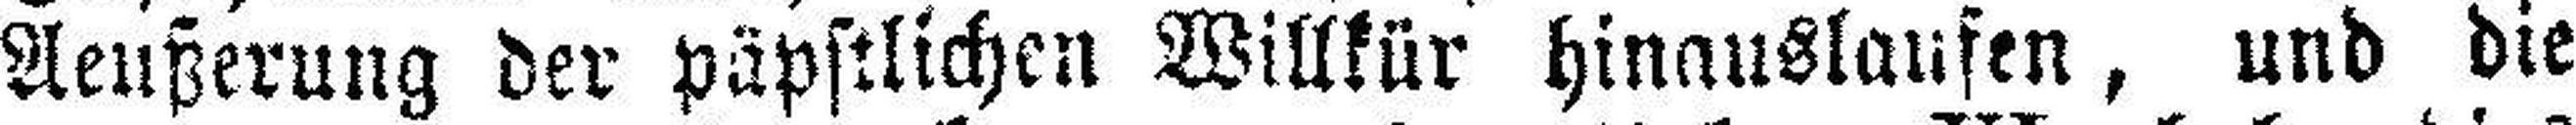
Aeußerung der päpstlichen Willkür hinauslaufen, und die